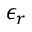
\epsilon _ { r }